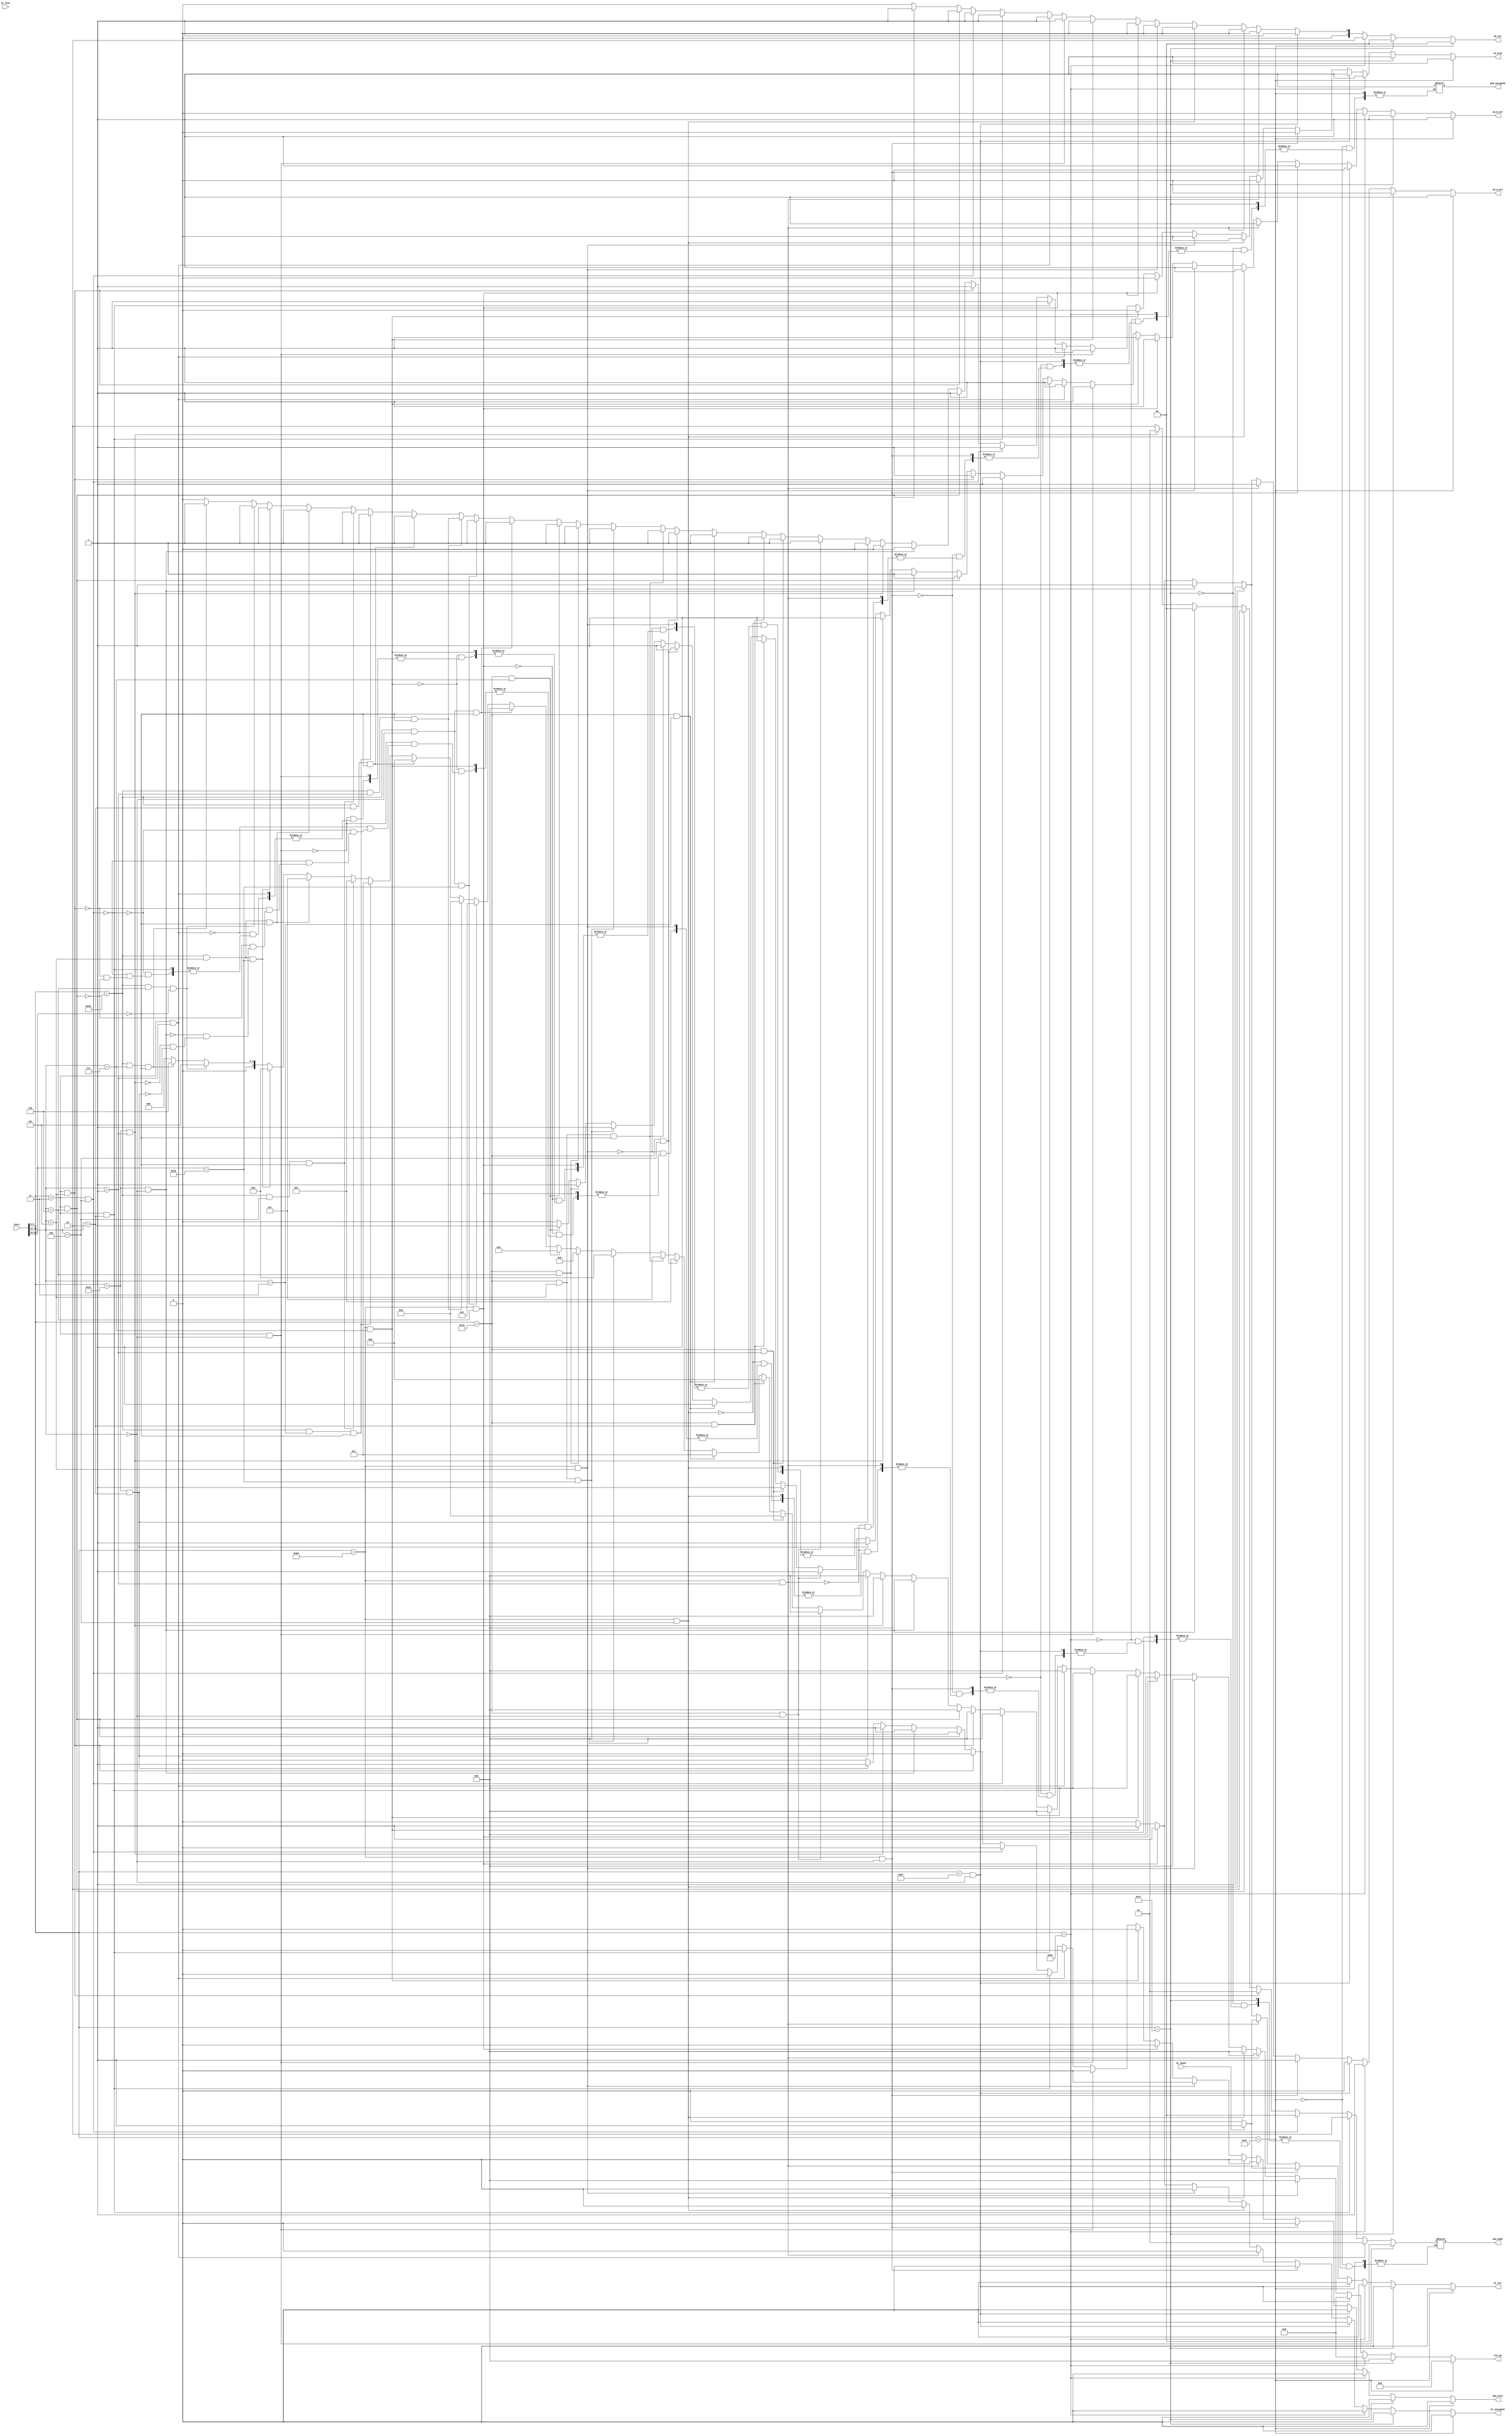

module ctrl_unit(
    instr,        
	 br_less ,					
	 br_equal,					
	 br_unsigned,
    br_sel,     			
    mem_wren ,          
    rd_wren, 				  
    wb_sel,               
    alu_op,            
    op_b_sel,			
    op_a_sel,
	 mem_mode,	 
	 mem_unsigned
    );
// -- ALU operations encoding ---------------------------------
parameter ALU_ADD = 4'b0000;    // add
parameter ALU_SUB = 4'b0001;    // subtract
parameter ALU_XOR = 4'b0010;    // xor
parameter ALU_OR  = 4'b0101;    // or
parameter ALU_AND = 4'b0110;    // and
parameter ALU_LSR = 4'b0111;    // logical shift right
parameter ALU_LSL = 4'b1000;    // logical shift left
parameter ALU_PASS_0 = 4'b1101; // pass input 0 to output
parameter ALU_PASS_1 = 4'b1001; // pass input 1 to output
parameter ALU_ASR = 4'b1010;    // arithmetic shift right
parameter ALU_LT = 4'b1011;     // set if less than
parameter ALU_LTU = 4'b1100;    // set if less than unsigned
// -- Branch comparison encoding ------------------------------
parameter EQ = 'b001;   // Equal
parameter NE = 'b010;   // Not equal
parameter LT = 'b011;   // Less than
parameter GE = 'b100;   // Greater than or equal to
parameter LTU = 'b101;  // Less than unsigned
parameter GEU = 'b110;  // Greater than or equal to unsigned
// -- Instruction opcode groups -------------------------------
parameter lui_gr = 7'b0110111; // Lui
parameter aui_gr = 7'b0010111; // Auipc
parameter jal_gr = 7'b1101111; // Jal
parameter jlr_gr = 7'b1100111; // Jalr
parameter bra_gr = 7'b1100011; // Branch group
parameter loa_gr = 7'b0000011; // Load group
parameter sto_gr = 7'b0100011; // Store group
parameter rim_gr = 7'b0010011; // Arithmetic & logic immediate group
parameter reg_gr = 7'b0110011; // Arithmetic & logic R-type instructions

// -- Memory mode encoding ------------------------------------
parameter MEM_BYTE = 'b00;    // Store/read byte's (8-bit)
parameter MEM_HALF = 'b01;    // Store/read half words (16-bit)
parameter MEM_WORD = 'b10;    // Store/read words (32-bit)

// -- Module IO -------------------------------------------
input [31:0] instr;
input br_less, br_equal;
output reg br_sel, mem_wren, br_unsigned, rd_wren, op_b_sel, op_a_sel;
output reg [1:0] wb_sel;
output reg [3:0] alu_op;
output reg [1:0] mem_mode;
output reg mem_unsigned;

// -- Extract opcode --------------------------------------
wire [6:0] opcode;
assign opcode = instr[6:0];
// -- Extract funct3 ---------------------------------------
wire [2:0] funct3;
assign funct3 = instr[14:12];
// -- Extract funct7 ---------------------------------------
wire [6:0] funct7;
assign funct7 = instr[31:25];
// -- Determine instruction -------------------------------
// Lui
wire lui_inst = (opcode == lui_gr);
// Auipc
wire auipc_inst = (opcode == aui_gr);
// Jal
wire jal_inst = (opcode == jal_gr);
// Jalr
wire jalr_inst = (opcode == jlr_gr) && (funct3 == 3'b000);
// Branch group
wire beq_inst = (opcode == bra_gr) && (funct3 == 3'b000);
wire bne_inst = (opcode == bra_gr) && (funct3 == 3'b001);
wire blt_inst = (opcode == bra_gr) && (funct3 == 3'b100);
wire bge_inst = (opcode == bra_gr) && (funct3 == 3'b101);
wire bltu_inst = (opcode == bra_gr) && (funct3 == 3'b110);
wire bgeu_inst = (opcode == bra_gr) && (funct3 == 3'b111);
// Load group
wire lb_inst = (opcode == loa_gr) && (funct3 == 3'b000);
wire lh_inst = (opcode == loa_gr) && (funct3 == 3'b001);
wire lw_inst = (opcode == loa_gr) && (funct3 == 3'b010);
wire lbu_inst = (opcode == loa_gr) && (funct3 == 3'b100);
wire lhu_inst = (opcode == loa_gr) && (funct3 == 3'b101);
wire lwu_inst = (opcode == loa_gr) && (funct3 == 3'b110);
// Store group
wire sb_inst = (opcode == sto_gr) && (funct3 == 3'b000);
wire sh_inst = (opcode == sto_gr) && (funct3 == 3'b001);
wire sw_inst = (opcode == sto_gr) && (funct3 == 3'b010);
// Arithmetic & logic immediate group
wire addi_inst = (opcode == rim_gr) && (funct3 == 3'b000);
wire slli_inst = (opcode == rim_gr) && (funct3 == 3'b001);
wire slti_inst = (opcode == rim_gr) && (funct3 == 3'b010);
wire sltiu_inst = (opcode == rim_gr) && (funct3 == 3'b011);
wire xori_inst = (opcode == rim_gr) && (funct3 == 3'b100);
wire srli_inst = (opcode == rim_gr) && (funct3 == 3'b101) && (funct7 == 7'b0000000);
wire srai_inst = (opcode == rim_gr) && (funct3 == 3'b101) && (funct7 == 7'b0100000);
wire ori_inst = (opcode == rim_gr) && (funct3 == 3'b110);
wire andi_inst = (opcode == rim_gr) && (funct3 == 3'b111);
// Arithmetic & logic R-type instructions
wire add_inst = (opcode == reg_gr) && (funct3 == 3'b000) && (funct7 == 7'b0000000);
wire sub_inst = (opcode == reg_gr) && (funct3 == 3'b000) && (funct7 == 7'b0100000);
wire sll_inst = (opcode == reg_gr) && (funct3 == 3'b001) && (funct7 == 7'b0000000);
wire slt_inst = (opcode == reg_gr) && (funct3 == 3'b010) && (funct7 == 7'b0000000);
wire sltu_inst = (opcode == reg_gr) && (funct3 == 3'b011) && (funct7 == 7'b0000000);
wire xor_inst = (opcode == reg_gr) && (funct3 == 3'b100) && (funct7 == 7'b0000000);
wire srl_inst = (opcode == reg_gr) && (funct3 == 3'b101) && (funct7 == 7'b0000000);
wire sra_inst = (opcode == reg_gr) && (funct3 == 3'b101) && (funct7 == 7'b0100000);
wire or_inst = (opcode == reg_gr) && (funct3 == 3'b110) && (funct7 == 7'b0000000);
wire and_inst = (opcode == reg_gr) && (funct3 == 3'b111) && (funct7 == 7'b0000000);

// -- Set control signals ---------------------------------
always @(*) begin
    // Reset all signals
    mem_wren <= 0;
    rd_wren <= 0;
    wb_sel <= 0;
    op_b_sel <= 0;
    op_a_sel <= 0;
	 alu_op <= 'b0;
	 br_unsigned <= 0;
	 br_sel <= 0;
        case (1'b1)
            lui_inst:   begin alu_op <= ALU_PASS_1; op_a_sel <= 1; op_b_sel <= 1; rd_wren <= 1; end
            auipc_inst: begin alu_op <= ALU_ADD;    op_b_sel <= 1; op_b_sel <= 1; rd_wren <= 1; end 
            jal_inst:   begin alu_op <= ALU_PASS_0; rd_wren <= 1;  op_a_sel <= 1; wb_sel <= 2'b10 ; end
            jalr_inst:   begin alu_op <= ALU_PASS_0; rd_wren <= 1; op_a_sel <= 0;wb_sel <= 2'b01 ; end
            // Branch group
            beq_inst:  begin
							   if(br_equal) begin br_sel <= 1; alu_op <= ALU_ADD; op_a_sel <= 1; op_b_sel <= 1; end
							   else begin  alu_op <= ALU_ADD; op_a_sel <= 1; op_b_sel <= 1; end
							  end
            bne_inst:  begin 
								if(br_equal) begin br_sel <= 1; alu_op <= ALU_ADD; op_a_sel <= 1; op_b_sel <= 1; end
							   else begin  alu_op <= ALU_ADD; op_a_sel <= 1; op_b_sel <= 1; end
							  end
            blt_inst:  begin br_sel <= 1; alu_op <= ALU_ADD; op_a_sel <= 1; op_b_sel <= 1;   end  
            bge_inst:  begin br_sel <= 1; alu_op <= ALU_ADD; op_a_sel <= 1; op_b_sel <= 1;  end  
            bltu_inst: begin br_sel <= 1; alu_op <= ALU_ADD; op_a_sel <= 1; op_b_sel <= 1;   br_unsigned <= 1; end  
            bgeu_inst: begin br_sel <= 1; alu_op <= ALU_ADD; op_a_sel <= 1; op_b_sel <= 1;   br_unsigned <= 1; end 
            // Load group
            lb_inst: begin alu_op <= ALU_ADD; op_b_sel <= 1; rd_wren <= 1; wb_sel <= 2'b01 ;mem_mode <= MEM_BYTE;  end
            lh_inst: begin alu_op <= ALU_ADD; op_b_sel <= 1; rd_wren <= 1; wb_sel <= 2'b01;  mem_mode <= MEM_HALF; end
            lw_inst: begin alu_op <= ALU_ADD; op_b_sel <= 1; rd_wren <= 1; wb_sel <= 2'b01; mem_mode <= MEM_WORD; end
            lbu_inst: begin alu_op <= ALU_ADD; op_b_sel <= 1;rd_wren <= 1; wb_sel <= 2'b01;  mem_mode <= MEM_BYTE; mem_unsigned <= 1; end
            lhu_inst: begin alu_op <= ALU_ADD; op_b_sel <= 1;rd_wren <= 1; wb_sel <= 2'b01; mem_mode <= MEM_HALF; mem_unsigned <= 1; end
            lwu_inst: begin alu_op <= ALU_ADD; op_b_sel <= 1;rd_wren <= 1; wb_sel <= 2'b01; mem_mode <= MEM_WORD; mem_unsigned <= 1; end
            // Store group
            sb_inst: begin alu_op <= ALU_ADD; op_b_sel <= 1;  mem_wren <= 1;  mem_mode <= MEM_BYTE;end
            sh_inst: begin alu_op <= ALU_ADD; op_b_sel <= 1;  mem_wren <= 1;  mem_mode <= MEM_HALF;end
            sw_inst: begin alu_op <= ALU_ADD; op_b_sel <= 1;  mem_wren <= 1;  mem_mode <= MEM_WORD;end
            // Arithmetic & logic immediate group
            addi_inst: begin alu_op <= ALU_ADD; op_b_sel <= 1; rd_wren <= 1; end
            slli_inst: begin alu_op <= ALU_LSL; op_b_sel <= 1; rd_wren <= 1; end
            slti_inst: begin alu_op <= ALU_LT; op_b_sel <= 1;  rd_wren <= 1; end
            sltiu_inst: begin alu_op <= ALU_LTU; op_b_sel <= 1;rd_wren <= 1;  end
            xori_inst: begin alu_op <= ALU_XOR; op_b_sel <= 1; rd_wren <= 1; end
            srli_inst: begin alu_op <= ALU_LSR; op_b_sel <= 1; rd_wren <= 1; end
            srai_inst: begin alu_op <= ALU_ASR; op_b_sel <= 1; rd_wren <= 1; end
            ori_inst: begin alu_op <= ALU_OR; op_b_sel <= 1;   rd_wren <= 1; end
            andi_inst: begin alu_op <= ALU_AND; op_b_sel <= 1; rd_wren <= 1; end
            // Arithmetic & logic R-type instructions
            add_inst: begin alu_op <= ALU_ADD; rd_wren <= 1; end
            sub_inst: begin alu_op <= ALU_SUB; rd_wren <= 1; end
            sll_inst: begin alu_op <= ALU_LSL; rd_wren <= 1; end
            slt_inst: begin alu_op <= ALU_LT;  rd_wren <= 1; end
            sltu_inst: begin alu_op <= ALU_LTU;rd_wren <= 1; end
            xor_inst: begin alu_op <= ALU_XOR; rd_wren <= 1; end
            srl_inst: begin alu_op <= ALU_LSR; rd_wren <= 1; end
            sra_inst: begin alu_op <= ALU_ASR; rd_wren <= 1; end
            or_inst: begin alu_op <= ALU_OR; ; rd_wren <= 1; end
            and_inst: begin alu_op <= ALU_AND; rd_wren <= 1; end
           
        endcase
    end	 
endmodule